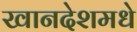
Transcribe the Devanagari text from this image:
खानदेशमधे